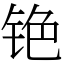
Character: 铯